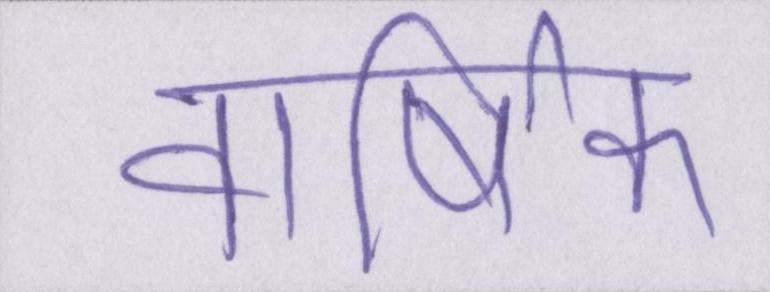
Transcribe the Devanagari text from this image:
वार्षिक